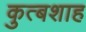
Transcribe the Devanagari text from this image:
कुत्बशाह